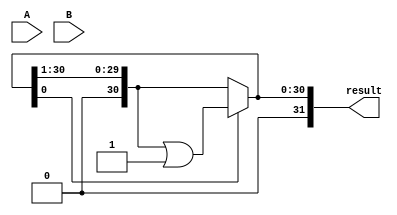
module booth_multiplier (
  input [15:0] A,
  input [15:0] B,
  output reg [31:0] result
);

reg [15:0] A_reg;
reg [15:0] B_reg;
reg [1:0] count;
reg [31:0] partial_product;

always @(*)
begin
  A_reg <= A;
  B_reg <= B;
  count <= 0;
  partial_product <= 0;
  
  repeat (16)
  begin
    if (B_reg[0] == 1 && count == 0)
      partial_product <= partial_product + A_reg;
    else if (B_reg[0] == 0 && count == 0)
      partial_product <= partial_product - A_reg;
      
    if (partial_product[0] == 1)
      partial_product <= (partial_product >> 1) | 32'b1;
    else
      partial_product <= partial_product >> 1;
    
    count <= count + 1;
    B_reg <= B_reg >> 1;
  end
  
  result <= partial_product;
end

endmodule